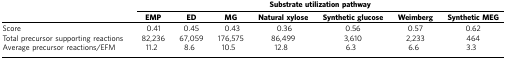
<table><thead><tr><td><b> </b></td><td colspan="7"><b>Substrate utilization pathway</b></td></tr><tr><td><b> </b></td><td><b>EMP</b></td><td><b>ED</b></td><td><b>MG</b></td><td><b>Natural xylose</b></td><td><b>Synthetic glucose</b></td><td><b>Weimberg</b></td><td><b>Synthetic MEG</b></td></tr></thead><tbody><tr><td>Score</td><td>0.41</td><td>0.45</td><td>0.43</td><td>0.36</td><td>0.56</td><td>0.57</td><td>0.62</td></tr><tr><td>Total precursor supporting reactions</td><td>82,236</td><td>67,059</td><td>176,575</td><td>86,499</td><td>3,610</td><td>2,233</td><td>464</td></tr><tr><td>Average precursor reactions/EFM</td><td>11.2</td><td>8.6</td><td>10.5</td><td>12.8</td><td>6.3</td><td>6.6</td><td>3.3</td></tr></tbody></table>